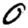
Digit: 0